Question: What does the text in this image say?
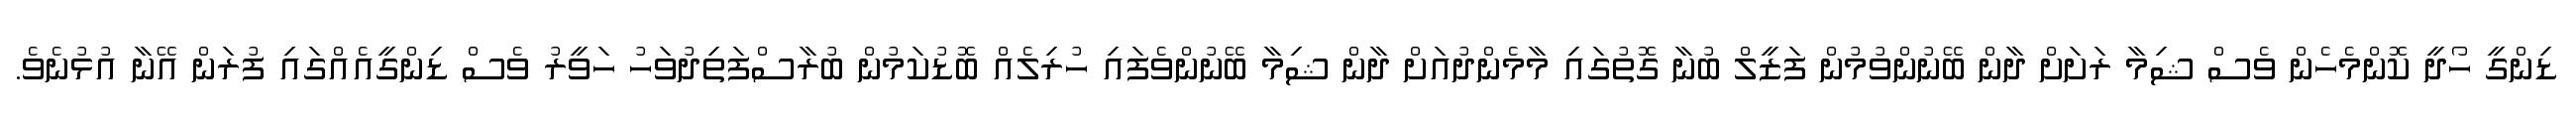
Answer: ޑިންގީ ހޯދީ ކޮންމެހެން ވެސް ޝިމާ ރަށަށް ދާން ބޭނުންވުމުން ފަޒީލް ބުނާ ގޮތުގައި މާމެންދުއަށް ދާން ޝިމާ ބޭނުންވެފައި ހުރިލެއް ބޮޑުކަމުން ބުރާސްފަތިދުވަހު ހަވީރު ވެސް ޑިންގީއެއްގައި ފުރަން އޭނާ އުޅުނެވެ.